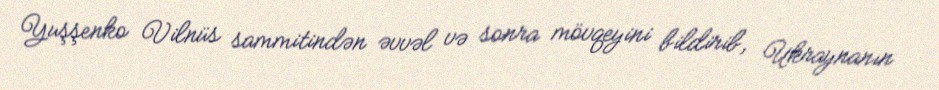
Yuşşenko Vilnüs sammitindən əvvəl və sonra mövqeyini bildirib, Ukraynanın